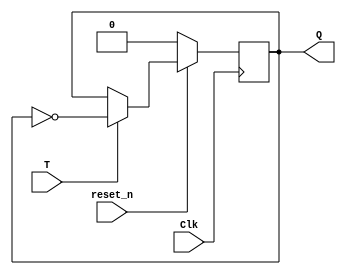
`timescale 1ns / 1ps
//////////////////////////////////////////////////////////////////////////////////
// Module Name: T_ff_enable_behavior
//////////////////////////////////////////////////////////////////////////////////

module T_ff_enable_behavior(input Clk, input reset_n, input T, output reg Q);
   always @(negedge Clk)
      if (!reset_n) 
         Q <= 1'b0;
      else if (T) 
        Q <= ~Q;
endmodule